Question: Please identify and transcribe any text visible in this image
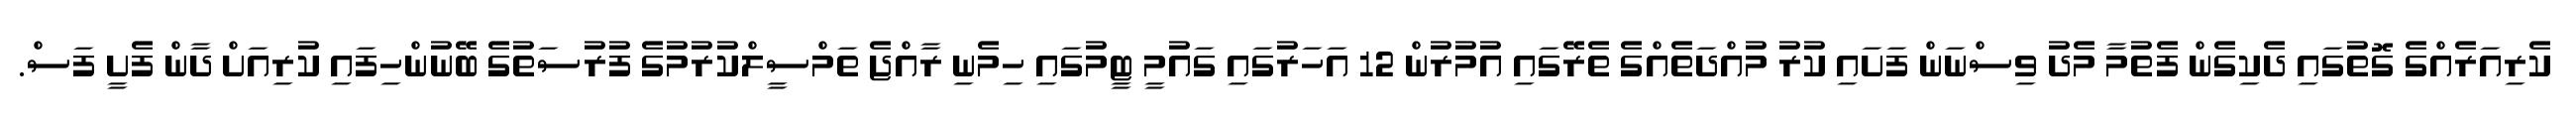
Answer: ކެރިއަރެއްގެ ގޮތުގައި ދެކިގެން ފެތުމާ މެދު ވިސްނަން ފަށައި ކުރު މުއްދަތެއްގެ ތެރޭގައި އުމުރުން 12 އަހަރުގައި ގައުމީ ޓީމުގައި ހިމެނި ރާއްޖެ ތަމްސީލްކުރުމުގެ ފުރުސަތުގެ ބޭނުންހިފައި ކުރިއަށް ދާން ފެށީ ފަސް.